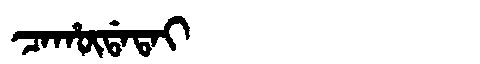
Manchu: ᠴᠠᡥᡡᡩᠠᡨᠠᡳ
Romanization: CAHŪDATAI